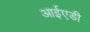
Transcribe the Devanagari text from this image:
आईएडी